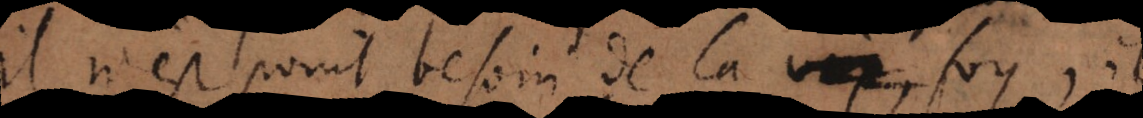
il n’est point besoin de la foy, il